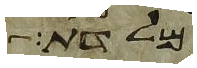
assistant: מלדת